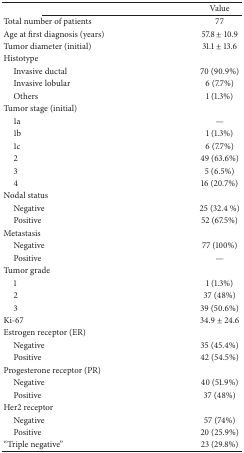
<table><thead><tr><td>[EMPTY_CELL]</td><td><b>Value</b></td></tr></thead><tbody><tr><td>Total number of patients </td><td>77</td></tr><tr><td>Age at first diagnosis (years)</td><td>57.8 ± 10.9</td></tr><tr><td>Tumor diameter (initial)</td><td>31.1 ± 13.6</td></tr><tr><td>Histotype</td><td>[EMPTY_CELL]</td></tr><tr><td> Invasive ductal</td><td>70 (90.9%)</td></tr><tr><td> Invasive lobular</td><td>6 (7.7%)</td></tr><tr><td> Others</td><td>1 (1.3%)</td></tr><tr><td>Tumor stage (initial)</td><td>[EMPTY_CELL]</td></tr><tr><td> 1a</td><td>—</td></tr><tr><td> 1b</td><td>1 (1.3%)</td></tr><tr><td> 1c</td><td>6 (7.7%)</td></tr><tr><td> 2</td><td>49 (63.6%)</td></tr><tr><td> 3</td><td>5 (6.5%)</td></tr><tr><td> 4</td><td>16 (20.7%)</td></tr><tr><td>Nodal status</td><td>[EMPTY_CELL]</td></tr><tr><td> Negative</td><td>25 (32.4 %)</td></tr><tr><td> Positive</td><td>52 (67.5%)</td></tr><tr><td>Metastasis</td><td>[EMPTY_CELL]</td></tr><tr><td> Negative</td><td>77 (100%)</td></tr><tr><td> Positive</td><td>—</td></tr><tr><td>Tumor grade</td><td>[EMPTY_CELL]</td></tr><tr><td> 1</td><td>1 (1.3%)</td></tr><tr><td> 2</td><td>37 (48%)</td></tr><tr><td> 3</td><td>39 (50.6%)</td></tr><tr><td>Ki-67</td><td>34.9 ± 24.6</td></tr><tr><td>Estrogen receptor (ER)</td><td>[EMPTY_CELL]</td></tr><tr><td> Negative</td><td>35 (45.4%)</td></tr><tr><td> Positive</td><td>42 (54.5%)</td></tr><tr><td>Progesterone receptor (PR)</td><td>[EMPTY_CELL]</td></tr><tr><td> Negative</td><td>40 (51.9%)</td></tr><tr><td> Positive</td><td>37 (48%)</td></tr><tr><td>Her2 receptor</td><td>[EMPTY_CELL]</td></tr><tr><td> Negative</td><td>57 (74%)</td></tr><tr><td> Positive</td><td>20 (25.9%)</td></tr><tr><td>“Triple negative”</td><td>23 (29.8%)</td></tr></tbody></table>